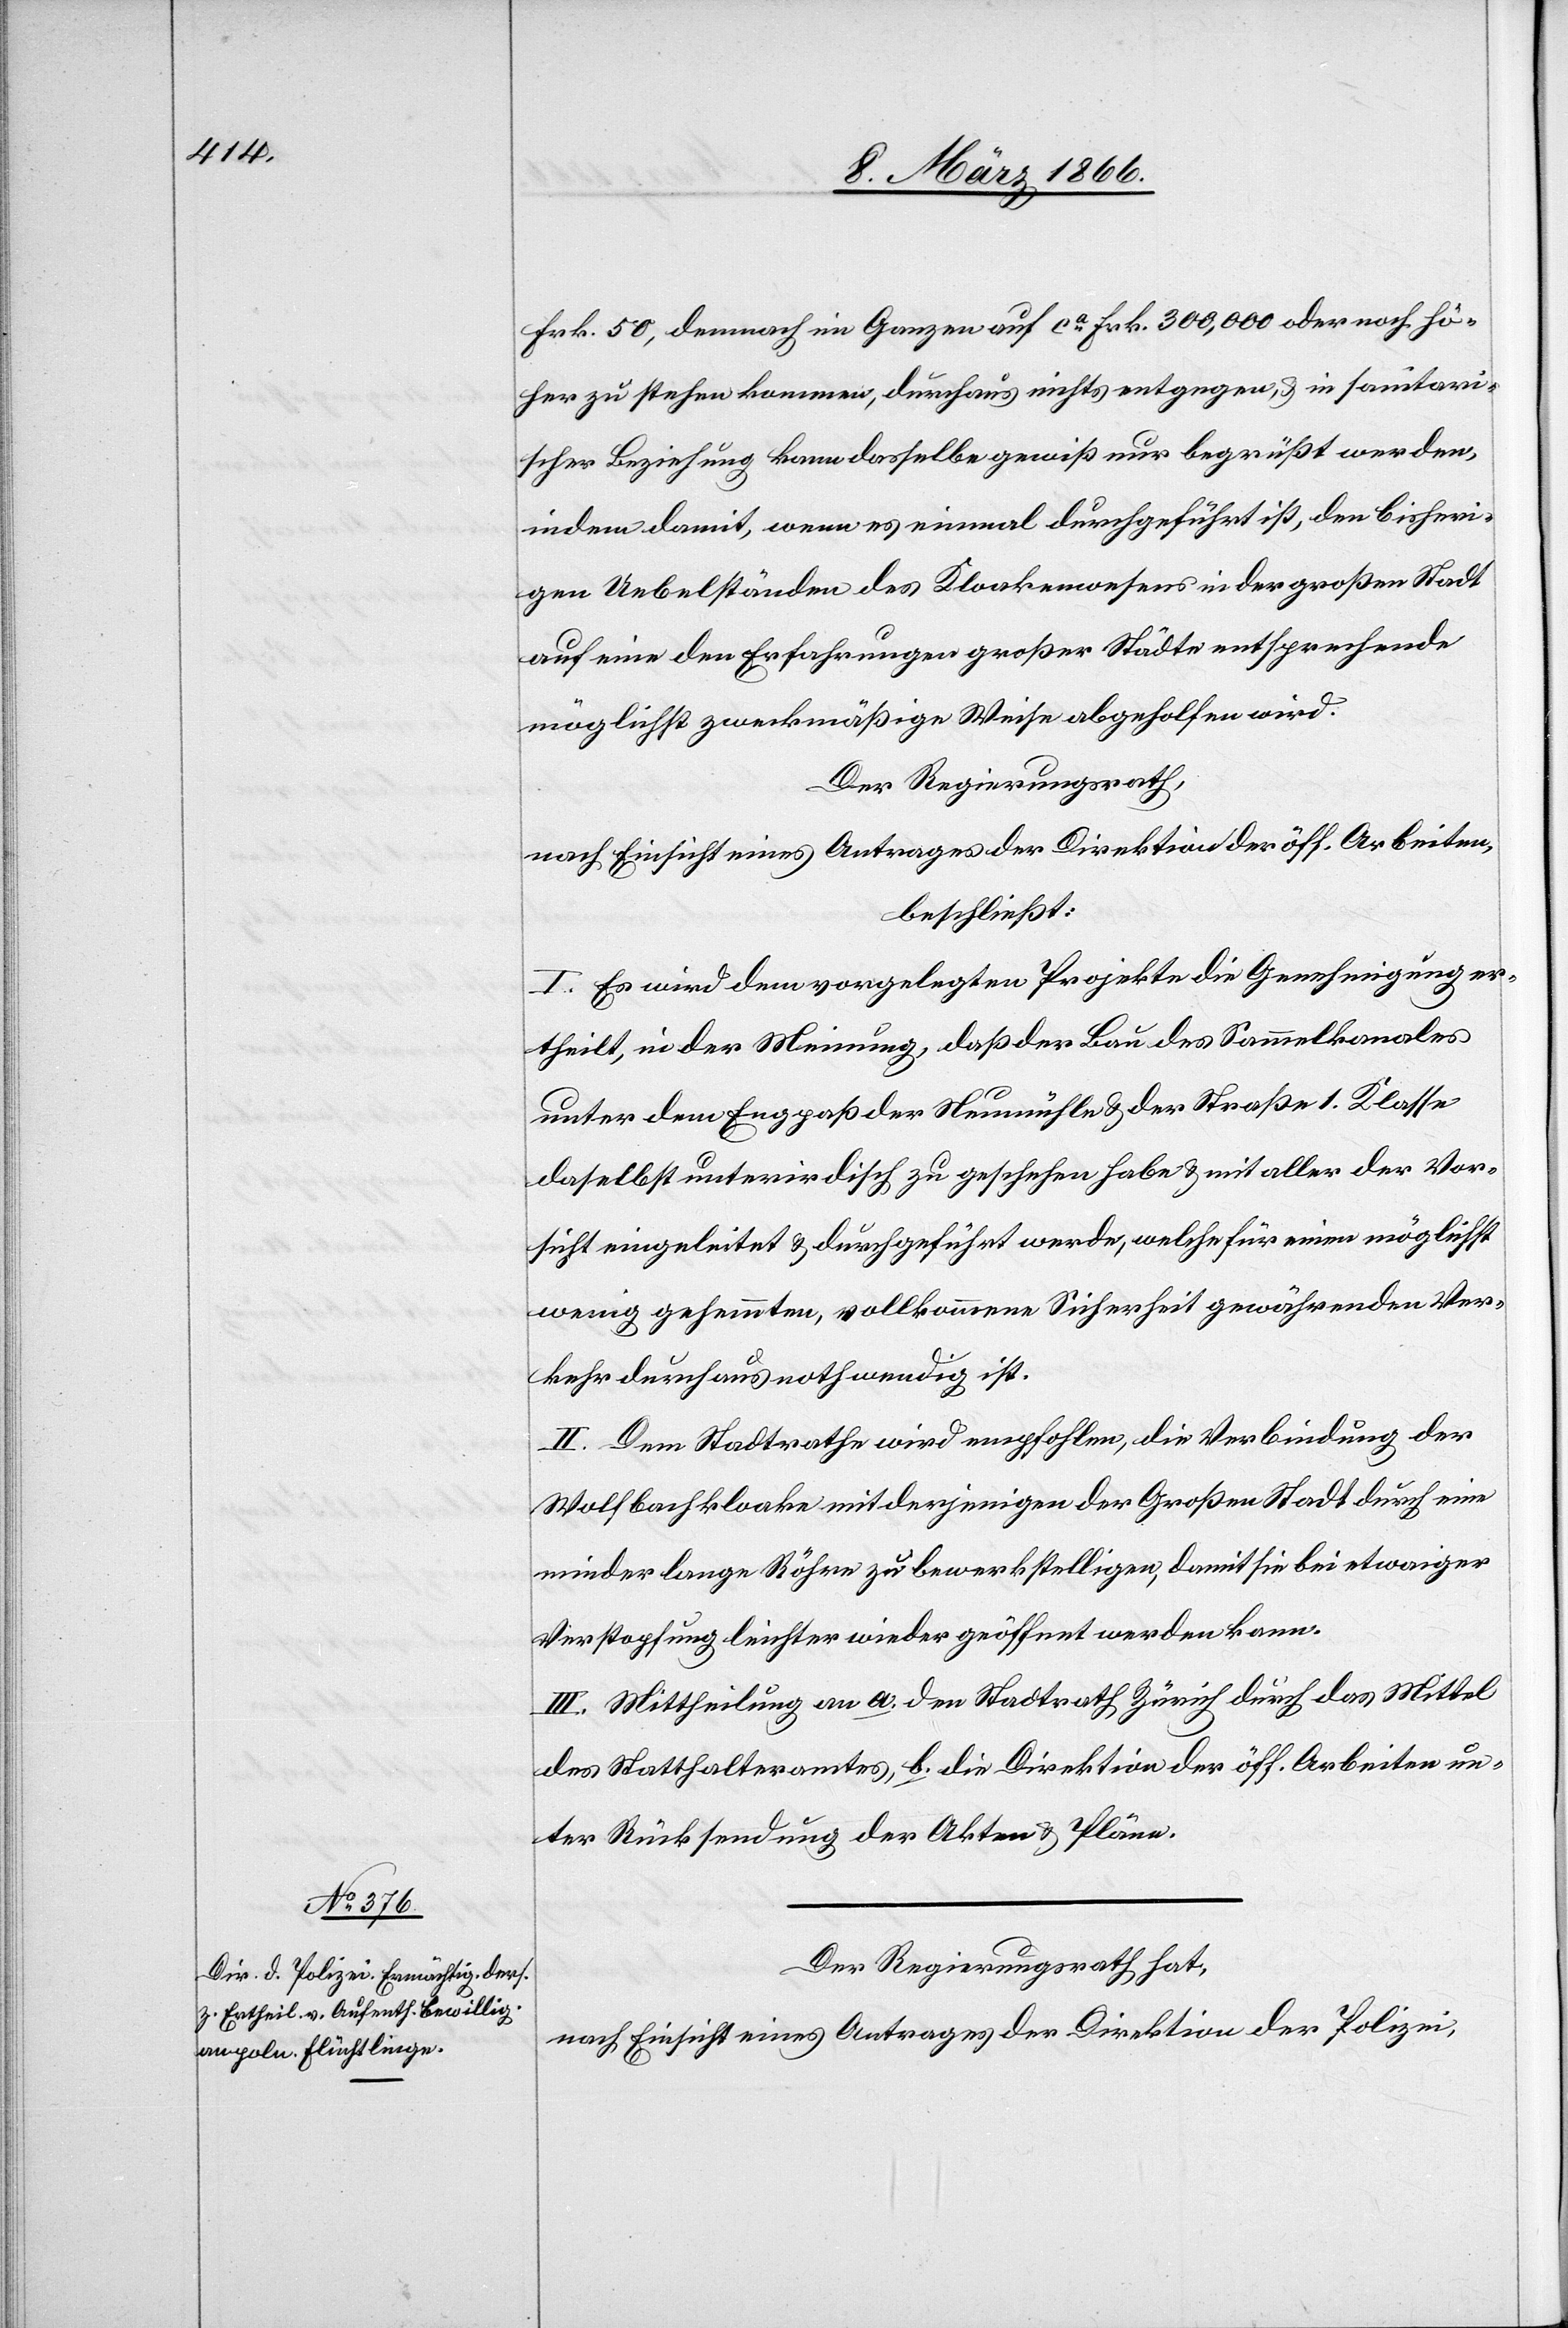
Frk. 50, demnach im Ganzen auf ca. Frk. 300 000 oder noch hö¬
her zu stehen kommen, durchaus nichts entgegen, u. in sanitari¬
scher Beziehung kann dasselbe gewiß nur begrüßt werden,
indem damit, wenn es einmal durchgeführt ist, den bisheri¬
gen Uebelständen des Kloakenwesens in der großen Stadt
auf eine den Erfahrungen großer Städte entsprechende
möglichst zweckmäßige Wiese abgeholfen wird.
Der Regierungsrath,
nach Einsicht eines Antrages der Direktion der öff. Arbeiten,
beschließt:
I. Es sei dem vorgelegten Projekte die Genehmigung er¬
theilt, in der Meinung, daß der Bau des Sammelkanales
unter dem Engpaß der Neumühle u. der Straße 1. Klasse
daselbst unterirdisch zu geschehen habe u. mit aller der Vor¬
sicht eingeleitet u. durchgeführt werde, welche für einen möglichst
wenig gehemmten, vollkommene Sicherheit gewährenden Ver¬
kehr durchaus nothwendig ist.
II. Dem Stadtrathe wird empfohlen, die Verbindung der
Wolfbachkloake mit derjenigen der Großen Stadt durch eine
minder lange Röhre zu bewerkstelligen, damit sie bei etwaiger
Verstopfung leichter wieder geöffnet werden kann.
III. Mittheilung an a. den Stadtrath Zürich durch das Mittel
des Statthalteramtes, b. die Direktion der öff. Arbeiten un¬
ter Rückstellung der Akten u. Pläne.
Der Regierungsrath hat,
nach Einsicht eines Antrages der Direktion der Polizei,